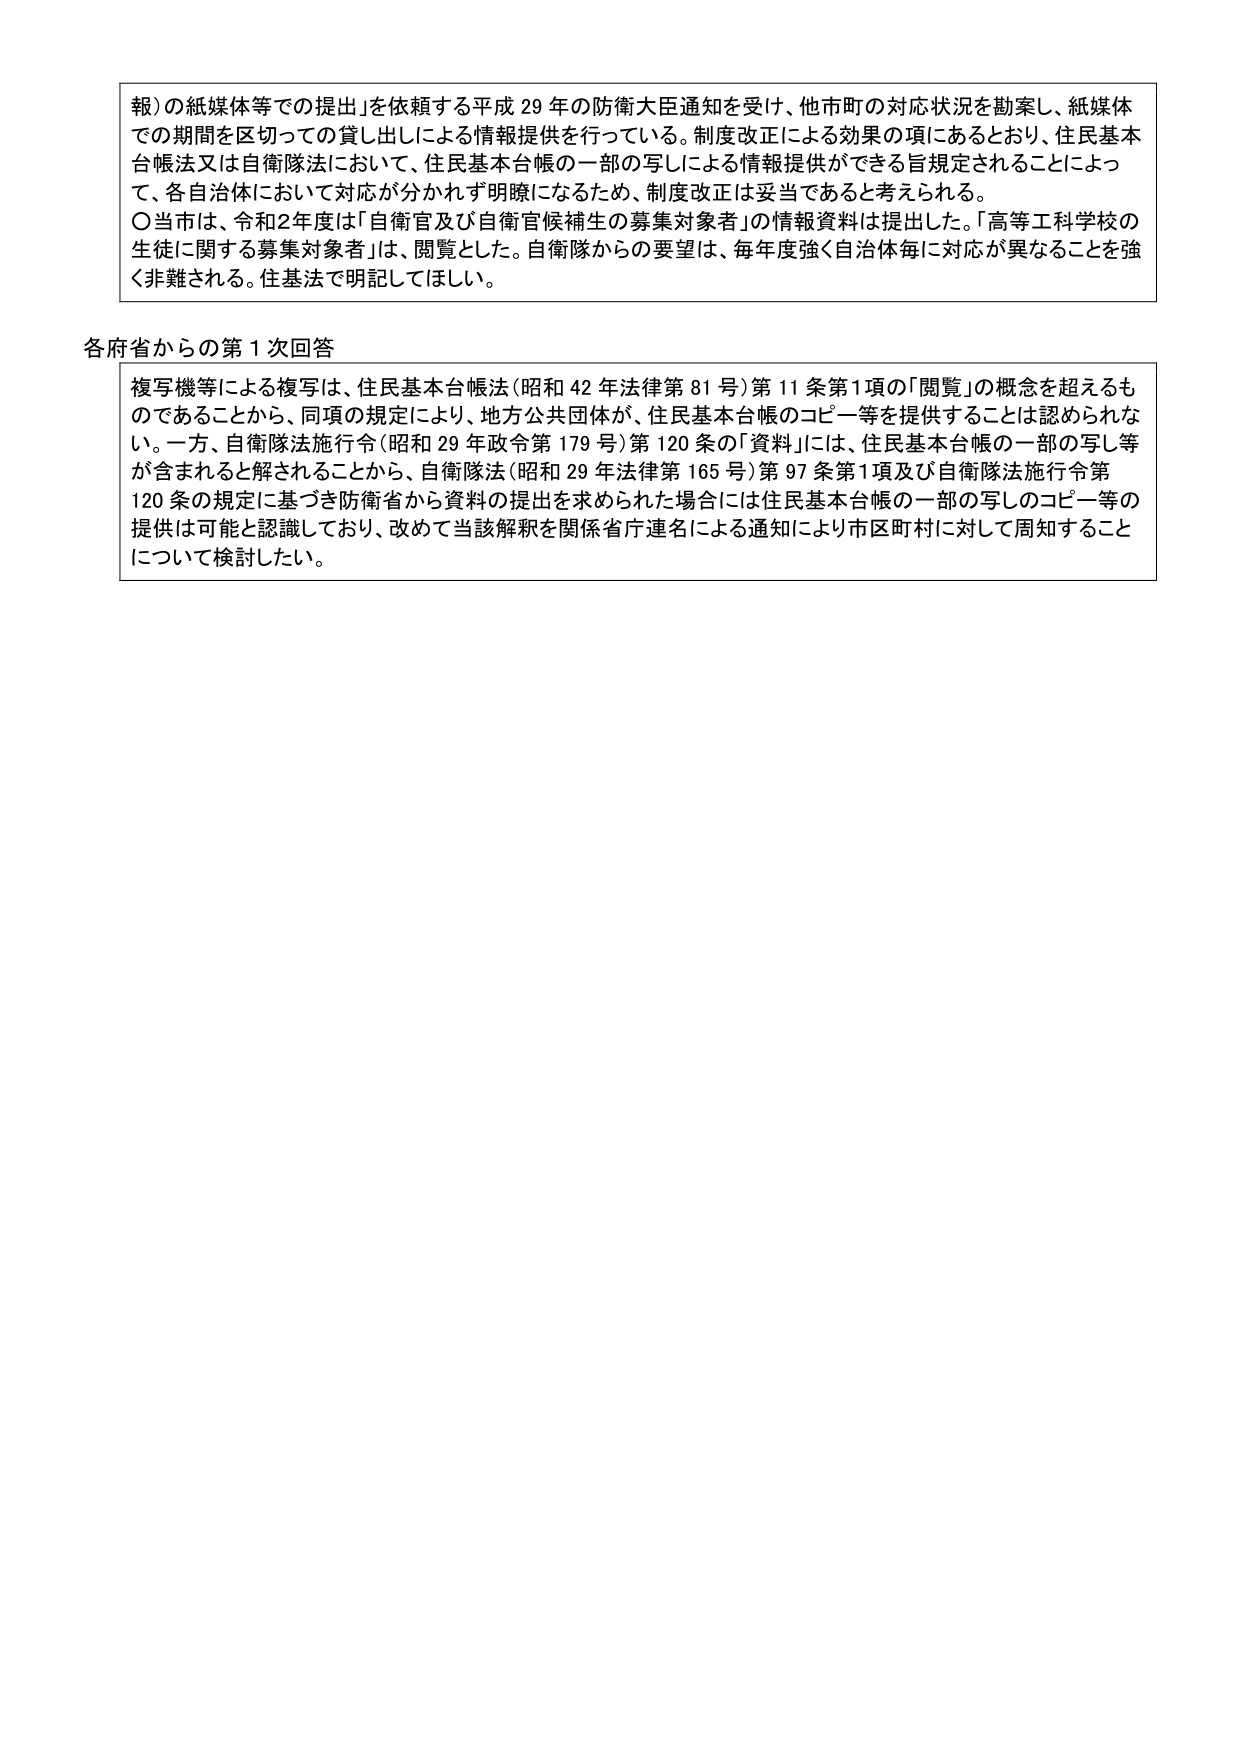
報）の紙媒体等での提出」を依頼する平成29年の防衛大臣通知を受け、他市町の対応状況を勘案し、紙媒体での期間を区切っての貸し出しによる情報提供を行っている。制度改正による効果の項にあるとおり、住民基本台帳法又は自衛隊法において、住民基本台帳の一部の写しによる情報提供ができる旨規定されることによって、各自治体において対応が分かれず明瞭になるため、制度改正は妥当であると考えられる。

〇当市は、令和2年度は「自衛官及び自衛官候補生の募集対象者」の情報資料は提出した。「高等工科学校の生徒に関する募集対象者」は、閲覧とした。自衛隊からの要望は、毎年度強く自治体毎に対応が異なることを強く非難される。住基法で明記してほしい。

各府省からの第1次回答

複写機等による複写は、住民基本台帳法（昭和42年法律第81号）第11条第1項の「閲覧」の概念を超えるものであることから、同項の規定により、地方公共団体が、住民基本台帳のコピー等を提供することは認められない。一方、自衛隊法施行令（昭和29年政令第179号）第120条の「資料」には、住民基本台帳の一部の写し等が含まれると解されることから、自衛隊法（昭和29年法律第165号）第97条第1項及び自衛隊法施行令第120条の規定に基づき防衛省から資料の提出を求められた場合には住民基本台帳の一部の写しのコピー等の提供は可能と認識しており、改めて当該解釈を関係省庁連名による通知により市区町村に対して周知することについて検討したい。